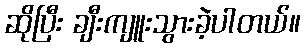
ဆိုပြီး ချီးကျူးသွားခဲ့ပါတယ်။